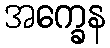
အက္ခေန